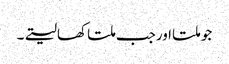
جو ملتا اورجب ملتا کھالیتے۔